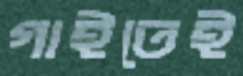
গাইতেই